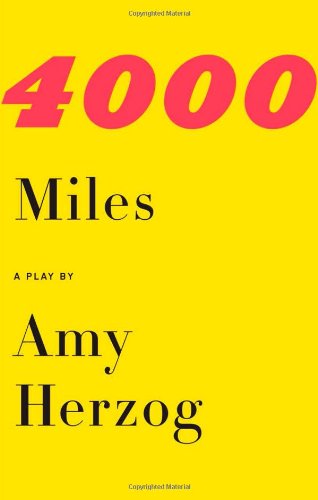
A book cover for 4000 Miles and After the Revolution: Two Plays; Amy Herzog; Literature & Fiction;